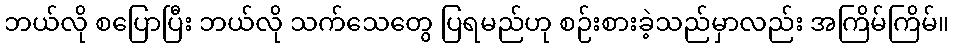
ဘယ်လို စပြောပြီး ဘယ်လို သက်သေတွေ ပြရမည်ဟု စဉ်းစားခဲ့သည်မှာလည်း အကြိမ်ကြိမ်။